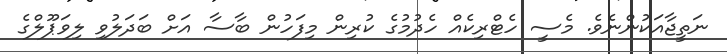
ނަތީޖާއަކުންނެވެ. މެސީ ހެޓްރިކެއް ހެދުމުގެ ކުރިން މިފަހުން ބާސާ އަށް ބަދަލުވި ލިވަޕޫލްގެ